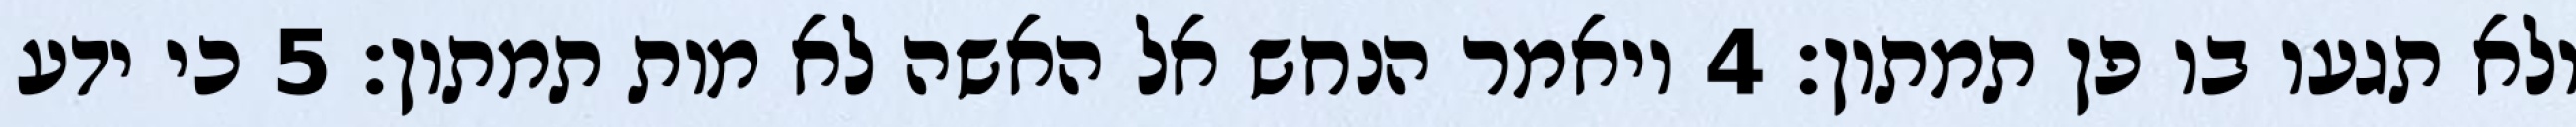
ולא תגעו בו פן תמתון׃ ‎4‏ ויאמר הנחש אל האשה לא מות תמתון׃ ‎5‏ כי ידע